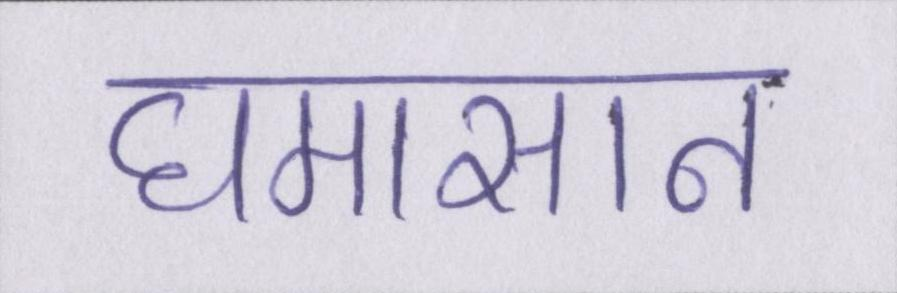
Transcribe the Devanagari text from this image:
घमासान